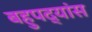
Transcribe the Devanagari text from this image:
बहुपद्यांस